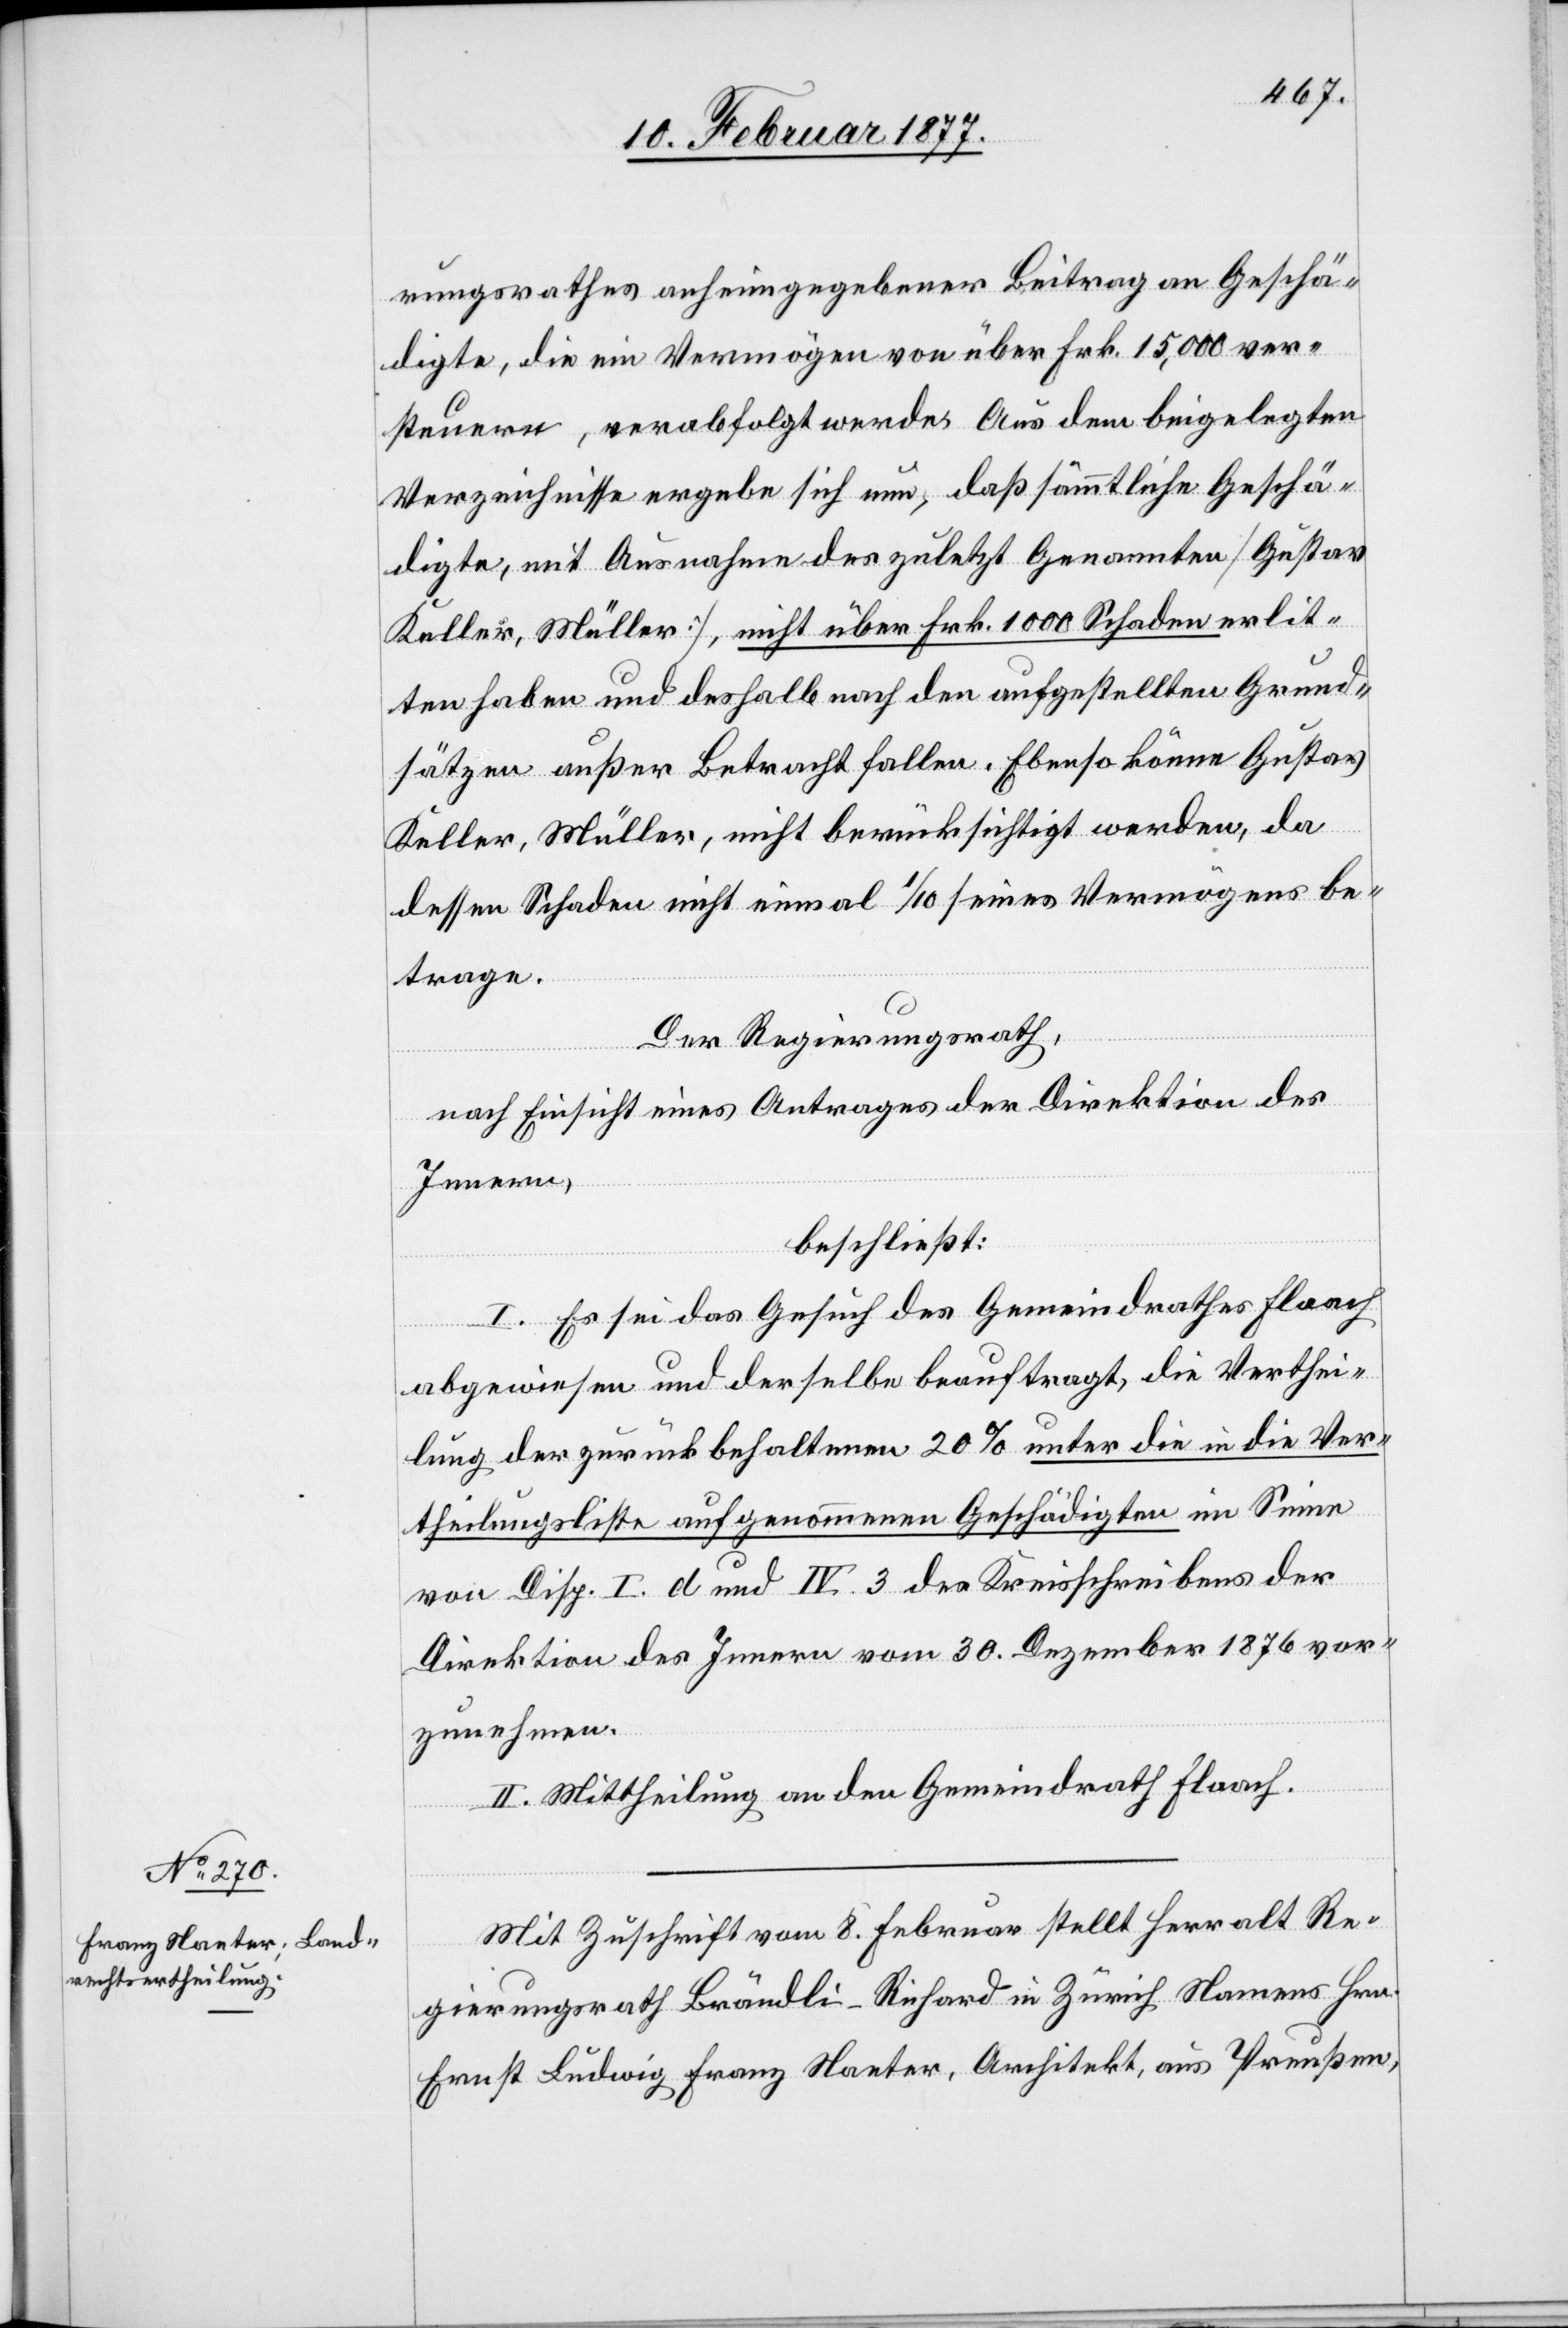
rungsrathes anhingegebener Beitrag an Geschä¬
digte, die ein Vermögen von über Frk. 15,000 ver¬
steuern, verabfolgt werde. Aus dem beigelegten
Verzeichnisse ergebe sich nun, daß sämmtliche Geschä¬
digte, mit Ausnahme des zuletzt Genannten [Gustav
Keller, Müller], nicht über Frk. 1000 Schaden erlit¬
ten haben und deshalb nach den aufgestellten Grund¬
sätzen außer Betracht fallen. Ebenso könne Gustav
Keller, Müller, nicht berücksichtigt werden, da
dessen Schaden nicht einmal 1/10 seines Vermögens be¬
trage.
Der Regierungsrath,
nach Einsicht eines Antrages der Direktion des
Innern,
beschließt:
I. Es sei das Gesuch des Gemeindrathes Flaach
abgewiesen und derselbe beauftragt, die Verthei¬
lung der zurückbehaltenen 20% unter die in die Ver¬
theilungsliste aufgenommenen Geschädigten im Sinne
von Disp. I. d und IV. 3 des Kreisschreibens der
Direktion des Innern vom 30. Dezember 1876 vor¬
zunehmen.
II. Mittheilung an den Gemeindrath Flaach.
Mit Zuschrift vom 8. Februar stellt Herr alt Re¬
gierungsrath Brändli-Richard in Zürich Namens Hrn.
Ernst Ludwig Franz Nanter, Architekt, aus Preußen,